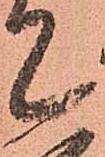
て